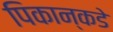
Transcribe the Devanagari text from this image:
पिकान्कडे